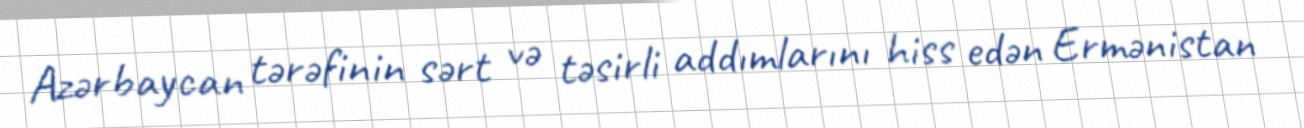
Azərbaycan tərəfinin sərt və təsirli addımlarını hiss edən Ermənistan